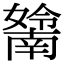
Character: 𡣤